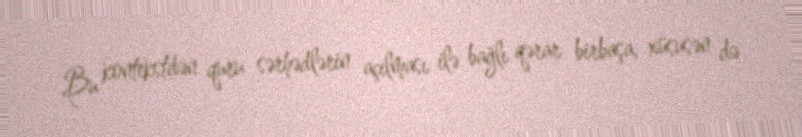
Bu kontekstdən quru sərhədlərin açılması ilə bağlı qərar birbaşa, xüsusən də